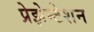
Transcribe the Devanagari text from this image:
प्रेझेन्टेशन